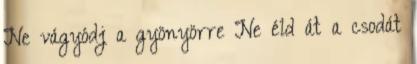
Ne vágyódj a gyönyörre Ne éld át a csodát